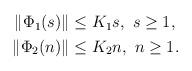
LaTeX: \begin{align*} \begin{aligned} \|\Phi_1(s)\|&\leq K_1 s,\ s\geq 1,\\ \|\Phi_2(n)\|&\leq K_2 n,\ n\geq 1. \end{aligned} \end{align*}